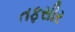
તફસીર